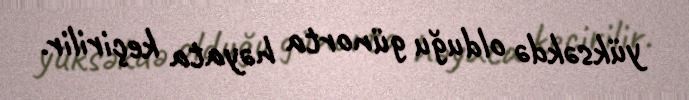
yüksəkdə olduğu günorta həyata keçirilir.